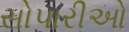
સોપારીઓ